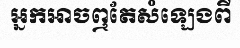
អ្នកអាចឮតែសំឡេងពី